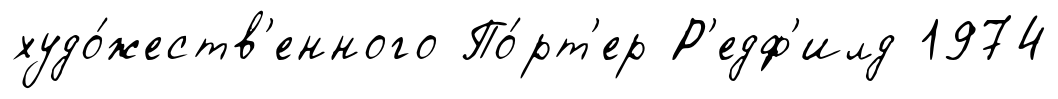
худо́жеств'енного По́рт'ер Р'едф'илд 1974